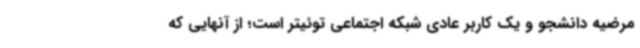
مرضیه دانشجو و یک کاربر عادی شبکه اجتماعی توئیتر است؛ از آنهایی که